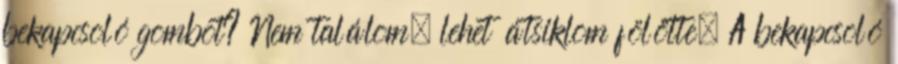
bekapcsoló gombot? Nem találom, lehet átsiklom fölötte. A bekapcsoló